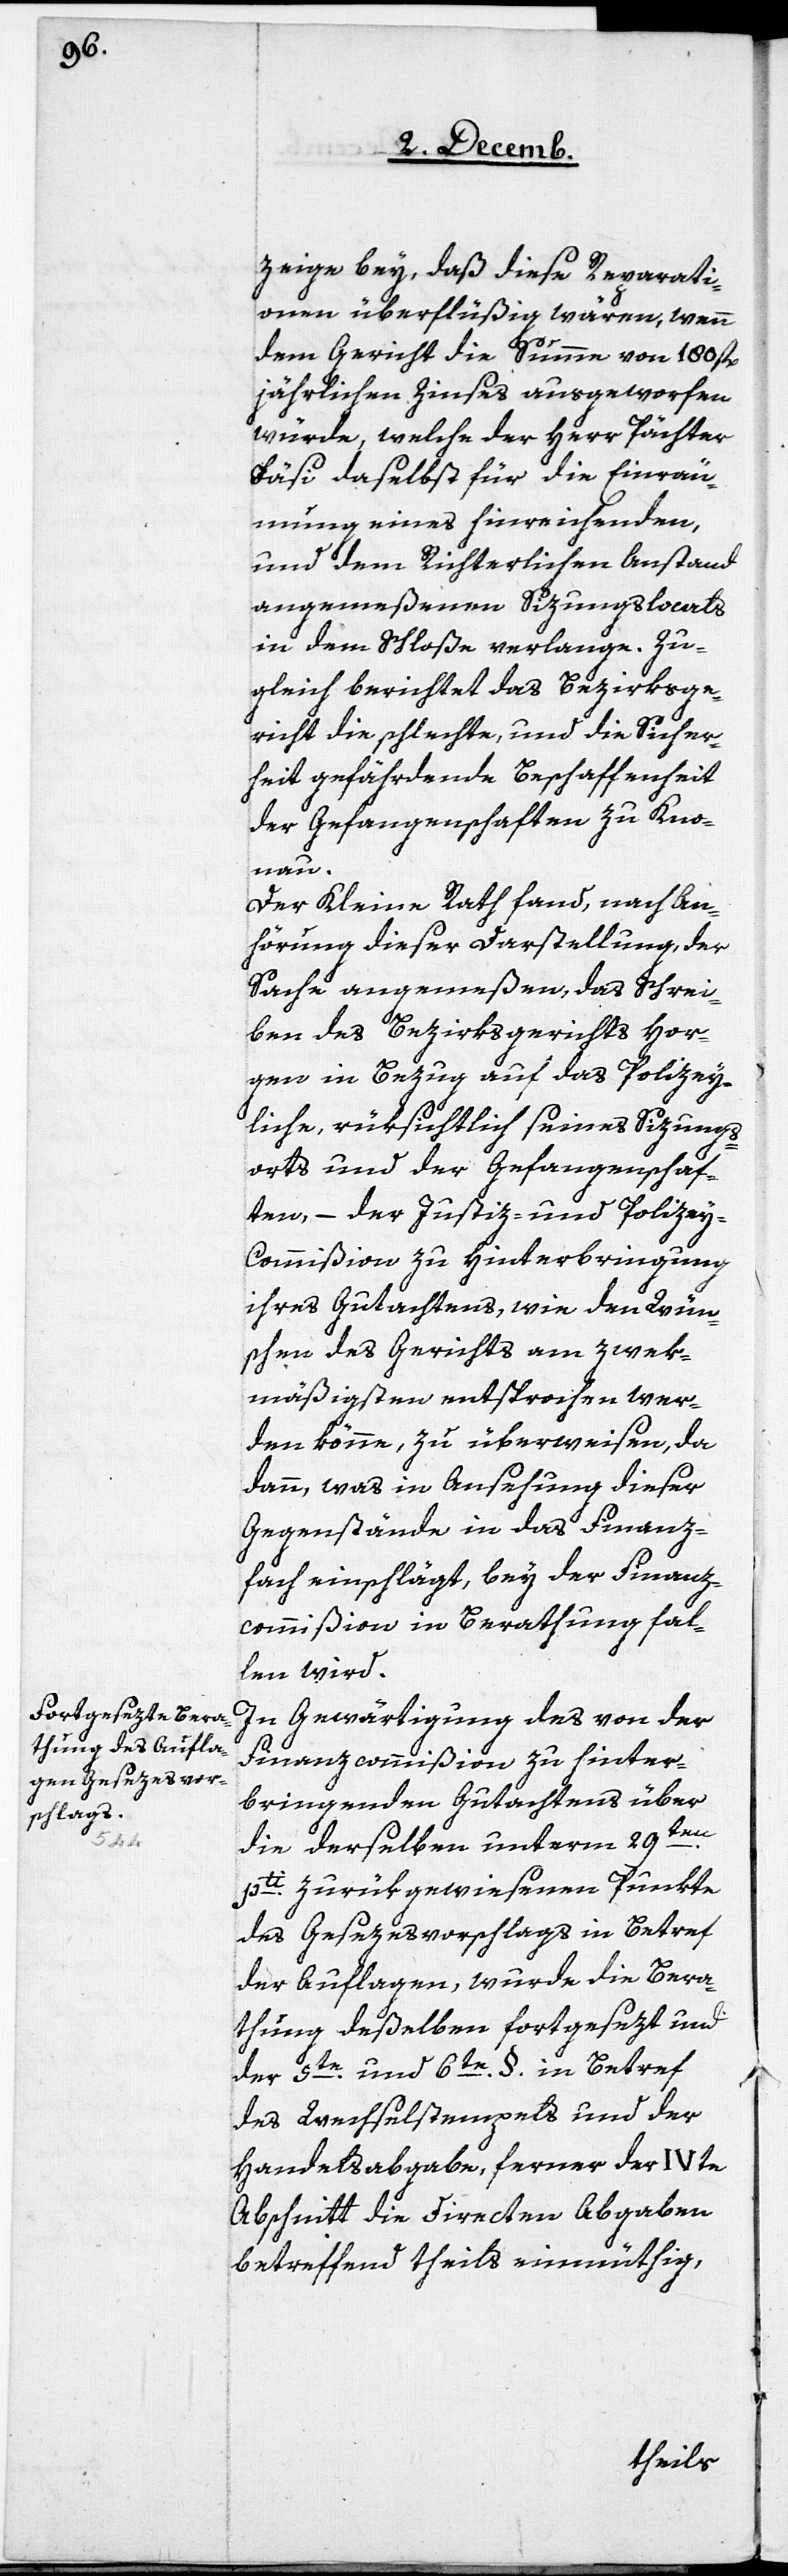
zeige bey, daß diese Reparati¬
onen überflüßig wären, wenn
dem Gericht die Summe von 180. fl.
jährlichen Zinses ausgeworfen
würde, welche der Herr Pächter
Fäsi daselbst für die Einräu¬
mung eines hinreichenden,
und dem Richterlichen Anstand
angemeßenen Sizungslocals
in dem Schloße verlange. Zu¬
gleich berichtet das Bezirksge¬
richt die schlechte, und die Sicher¬
heit gefährdende Beschaffenheit
der Gefangenschaften zu Kno¬
nau.
Der Kleine Rath fand, nach An¬
hörung dieser Darstellung, der
Sache angemeßen, das Schrei¬
ben des Bezirksgerichts Hor¬
gen in Bezug auf das Polizey¬
liche, rüksichtlich seines Sizungs¬
orts und der Gefangenschaf¬
ten, – der Justiz- und Polizey-C¬
ommißion zu Hinterbringung
ihres Gutachtens, wie den Wün¬
schen des Gerichts am zwek¬
mäßigsten entsprochen wer¬
den könne, zu überweisen, da
dann, was in Ansehung dieser
Gegenstände in das Finanz¬
fach einschlägt, bey der Finanz¬
commißion in Berathung fal¬
len wird.
In Gewärtigung des von der
Finanzcommißion zu hinter¬
bringenden Gutachtens über
die derselben unterm 29ten.
pti zurükgewiesenen Punkte
des Gesezesvorschlags in Betref
der Auflagen, wurde die Bera¬
thung deßelben fortgesezt und
der 5te. und 6te. §. in Betref
des Wechselstempels und der
Handelsabgabe, ferner der IVte
Abschnitt die Directen Abgaben
betreffend theils einmüthig,